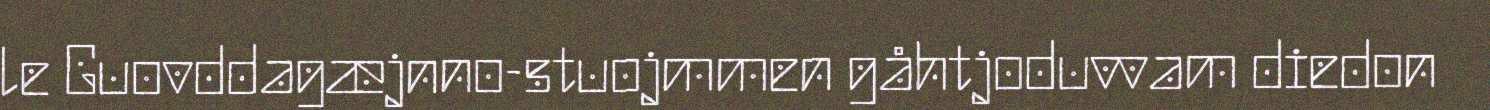
le Guovddagæjnno-stuojmmen gåhtjoduvvam diedon